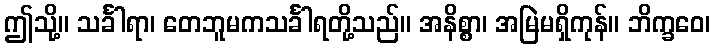
ဤသို့။ သင်္ခါရာ၊ တေဘူမကသင်္ခါရတို့သည်။ အနိစ္စာ၊ အမြဲမရှိကုန်။ ဘိက္ခဝေ၊